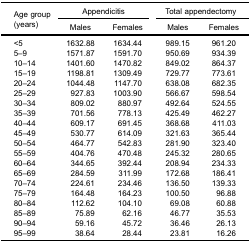
<table><thead><tr><td rowspan="3"><b>Age group (years)</b></td><td colspan="2"><b>Appendicitis</b></td><td colspan="2"><b>Total appendectomy</b></td></tr><tr><td><b>Males</b></td><td><b>Females</b></td><td><b>Males</b></td><td><b>Females</b></td></tr></thead><tbody><tr><td>&lt;5</td><td>1632.88</td><td>1634.44</td><td>989.15</td><td>961.20</td></tr><tr><td>5–9</td><td>1571.87</td><td>1591.70</td><td>950.69</td><td>934.39</td></tr><tr><td>10–14</td><td>1401.60</td><td>1470.82</td><td>849.02</td><td>864.37</td></tr><tr><td>15–19</td><td>1198.81</td><td>1309.49</td><td>729.77</td><td>773.61</td></tr><tr><td>20–24</td><td>1044.48</td><td>1147.70</td><td>638.08</td><td>682.35</td></tr><tr><td>25–29</td><td>927.83</td><td>1003.90</td><td>566.67</td><td>598.54</td></tr><tr><td>30–34</td><td>809.02</td><td>880.97</td><td>492.64</td><td>524.55</td></tr><tr><td>35–39</td><td>701.56</td><td>778.13</td><td>425.49</td><td>462.27</td></tr><tr><td>40–44</td><td>609.17</td><td>691.45</td><td>368.68</td><td>411.03</td></tr><tr><td>45–49</td><td>530.77</td><td>614.09</td><td>321.63</td><td>365.44</td></tr><tr><td>50–54</td><td>464.77</td><td>542.83</td><td>281.90</td><td>323.40</td></tr><tr><td>55–59</td><td>404.76</td><td>470.48</td><td>245.32</td><td>280.65</td></tr><tr><td>60–64</td><td>344.65</td><td>392.44</td><td>208.94</td><td>234.33</td></tr><tr><td>65–69</td><td>284.59</td><td>311.99</td><td>172.68</td><td>186.41</td></tr><tr><td>70–74</td><td>224.61</td><td>234.46</td><td>136.50</td><td>139.33</td></tr><tr><td>75–79</td><td>164.48</td><td>164.23</td><td>100.50</td><td>96.88</td></tr><tr><td>80–84</td><td>112.62</td><td>104.10</td><td>69.08</td><td>60.88</td></tr><tr><td>85–89</td><td>75.89</td><td>62.16</td><td>46.77</td><td>35.53</td></tr><tr><td>90–94</td><td>59.16</td><td>45.72</td><td>36.46</td><td>26.13</td></tr><tr><td>95–99</td><td>38.64</td><td>28.44</td><td>23.81</td><td>16.26</td></tr></tbody></table>